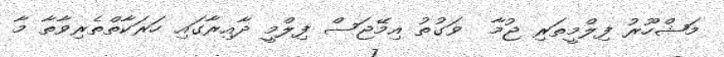
މަޝްހޫރު ފިލްމީތަރި ޖުމާ  ވަގުތު އިމޭޖަސް ފިލްމީ ދާއިރާގައި ހަރަކާތްތެރިވާތާ މާ